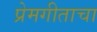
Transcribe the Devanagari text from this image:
प्रेमगीताचा